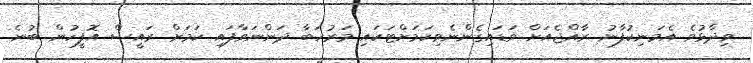
ވިދާޅުވެ އެމަނިކުފާނު ރާއްޖެއަށް ވަޑައިގެންނެވިކަމަށްޓަކައި މަރުހަބާ ދަންނަވާފައި ކަމަށް ރައީސް އޮފީހުން ބުނެ